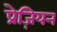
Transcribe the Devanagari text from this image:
प्रेज़ियन